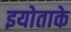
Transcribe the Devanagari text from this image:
इयोताके